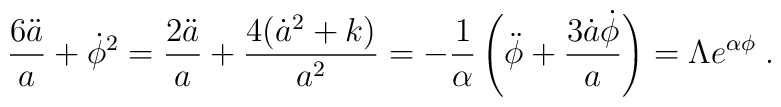
\frac{6 \ddot{a}}{a} + \dot{\phi}^2 =  \frac{2 \ddot{a}}{a} + \frac{4 (\dot{a}^2 + k)}{a^2} = - \frac{1}{\alpha} \left( \ddot{\phi} + \frac{3 \dot{a} \dot{\phi}}{a} \right) = \Lambda e^{\alpha \phi} \; .